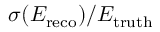
\sigma ( E _ { \mathrm { r e c o } } ) / E _ { \mathrm { t r u t h } }